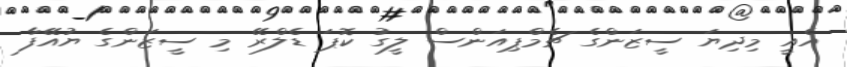
އެއީ މިދިޔަ ސީޒަންގެ ޗެމްޕިއަންސް ލީގު ކޮޕަ ޑެލްރޭ މި ސީޒަންގެ ޔުއޭފާ